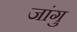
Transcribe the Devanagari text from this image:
जांगु